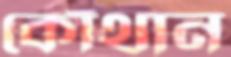
কোঁথান